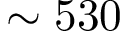
\sim 5 3 0